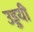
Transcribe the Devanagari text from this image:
उड्डयी